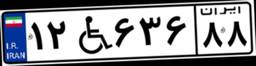
۱۲W۶۳۶۸۸